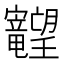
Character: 𱢽